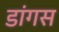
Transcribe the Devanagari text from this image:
डांगस